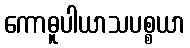
ကောဓူပါယာသပစ္စယာ